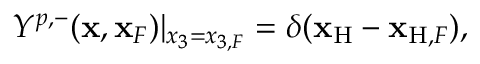
\begin{array} { r } { Y ^ { p , - } ( { \bf x } , { \bf x } _ { F } ) | _ { x _ { 3 } = x _ { 3 , F } } = \delta ( { \bf x } _ { \mathrm { H } } - { \bf x } _ { \mathrm { H } , F } ) , } \end{array}